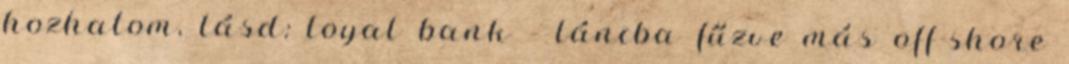
hozhatom, lásd: loyal bank - láncba fűzve más off-shore